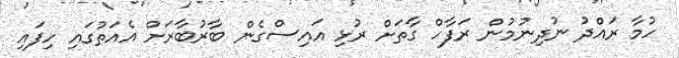
ހުމާ ރައްދު ނުދިނުމުން ރަފާހް ގާތަށް ރުޅި އައިސްގެން ބާރުބާރަށް އެއަތުގައި ހިފައި